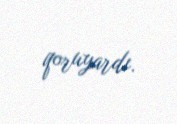
qoruyardı.